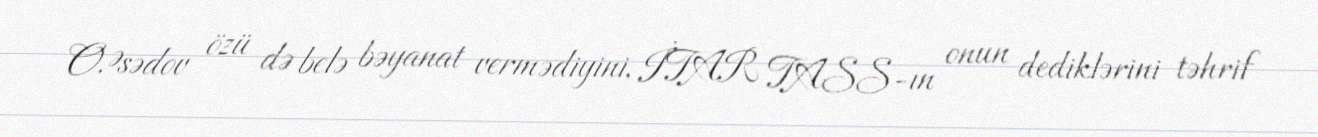
O.Əsədov özü də belə bəyanat vermədiyini, İTAR TASS-ın onun dediklərini təhrif